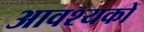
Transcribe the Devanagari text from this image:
आवश्यकों